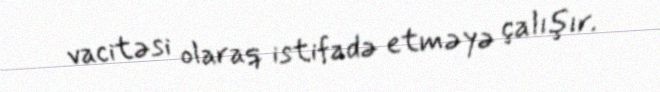
vacitəsi olaraq istifadə etməyə çalışır.